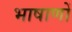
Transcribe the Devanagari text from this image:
भाषाणों